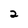
Character: 2